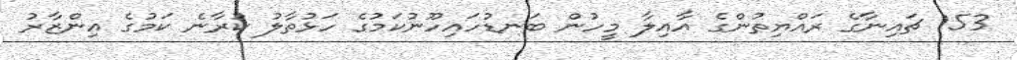
153 ޗައިނާގެ ރައްޔިތުންގެ އާއިލާ މީހުން ބަނޑުހައިހޫނުކަމުގެ ހަޅުތާލު ކުރާނެ ކަމުގެ އިންޒާރު